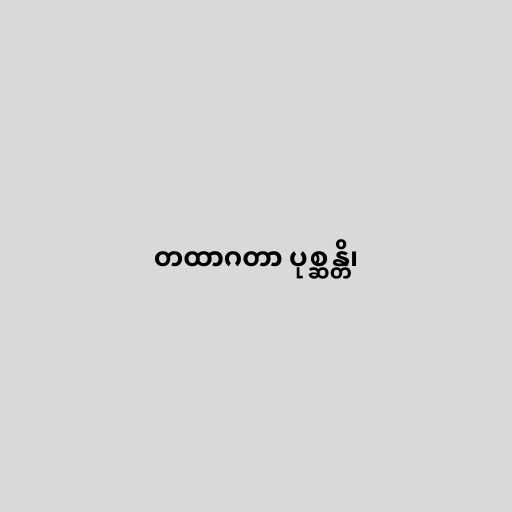
တထာဂတာ ပုစ္ဆန္တိ၊